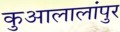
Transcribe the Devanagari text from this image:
कुआलालांपुर